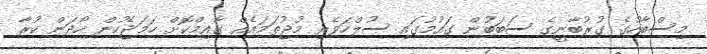
މިސްބާހުގެ ގުރުބާނީގެ ސަބަބުން ގައުމުގައި ސުލްހަވެރި މުޖުތަމައެއް ގާއިމްކޮށް ހަމަޖެހުން ހޯދަން ކުރާ